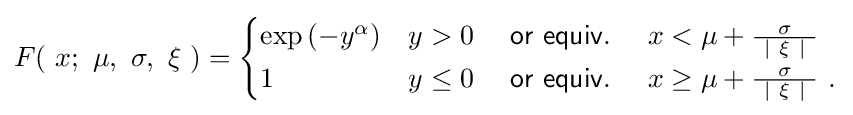
F(\ x;\ \mu ,\ \sigma ,\ \xi \ )={\begin{cases}\exp \left(-y^{\alpha }\right)&y>0\quad {\mathsf {~or\ equiv.~}}\quad x<\mu +{\tfrac {\sigma }{\ |\ \xi \ |\ }}\\1&y\leq 0\quad {\mathsf {~or\ equiv.~}}\quad x\geq \mu +{\tfrac {\sigma }{\ |\ \xi \ |\ }}~.\end{cases}}